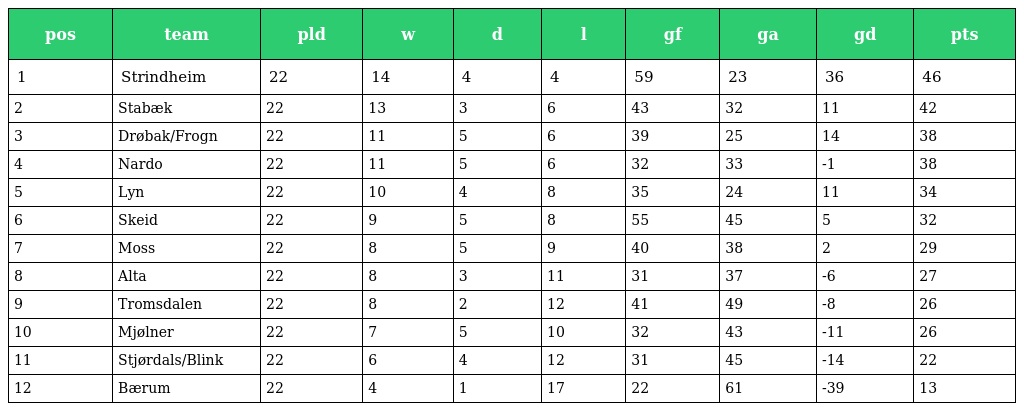
| pos | team | pld | w | d | l | gf | ga | gd | pts |
 | --- | --- | --- | --- | --- | --- | --- | --- | --- | --- |
 | 1 | Strindheim | 22 | 14 | 4 | 4 | 59 | 23 | 36 | 46 |
 | 2 | Stabæk | 22 | 13 | 3 | 6 | 43 | 32 | 11 | 42 |
 | 3 | Drøbak/Frogn | 22 | 11 | 5 | 6 | 39 | 25 | 14 | 38 |
 | 4 | Nardo | 22 | 11 | 5 | 6 | 32 | 33 | -1 | 38 |
 | 5 | Lyn | 22 | 10 | 4 | 8 | 35 | 24 | 11 | 34 |
 | 6 | Skeid | 22 | 9 | 5 | 8 | 55 | 45 | 5 | 32 |
 | 7 | Moss | 22 | 8 | 5 | 9 | 40 | 38 | 2 | 29 |
 | 8 | Alta | 22 | 8 | 3 | 11 | 31 | 37 | -6 | 27 |
 | 9 | Tromsdalen | 22 | 8 | 2 | 12 | 41 | 49 | -8 | 26 |
 | 10 | Mjølner | 22 | 7 | 5 | 10 | 32 | 43 | -11 | 26 |
 | 11 | Stjørdals/Blink | 22 | 6 | 4 | 12 | 31 | 45 | -14 | 22 |
 | 12 | Bærum | 22 | 4 | 1 | 17 | 22 | 61 | -39 | 13 |